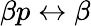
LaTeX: \beta p\leftrightarrow\beta